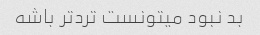
بد نبود میتونست ترد‌تر باشه